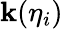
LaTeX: \mathbf{k}(\eta_{i})